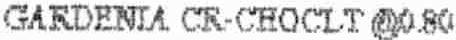
GARDENIA CR-CHOCLT @0.80